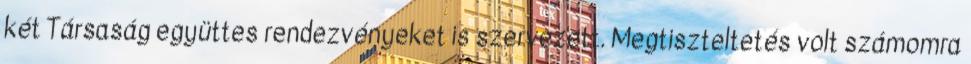
két Társaság együttes rendezvényeket is szervezett. Megtiszteltetés volt számomra